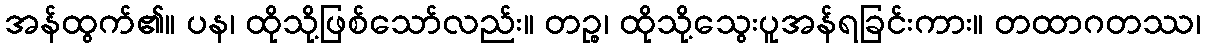
အန်ထွက်၏။ ပန၊ ထိုသို့ဖြစ်သော်လည်း။ တဉ္စ၊ ထိုသို့သွေးပူအန်ရခြင်းကား။ တထာဂတဿ၊